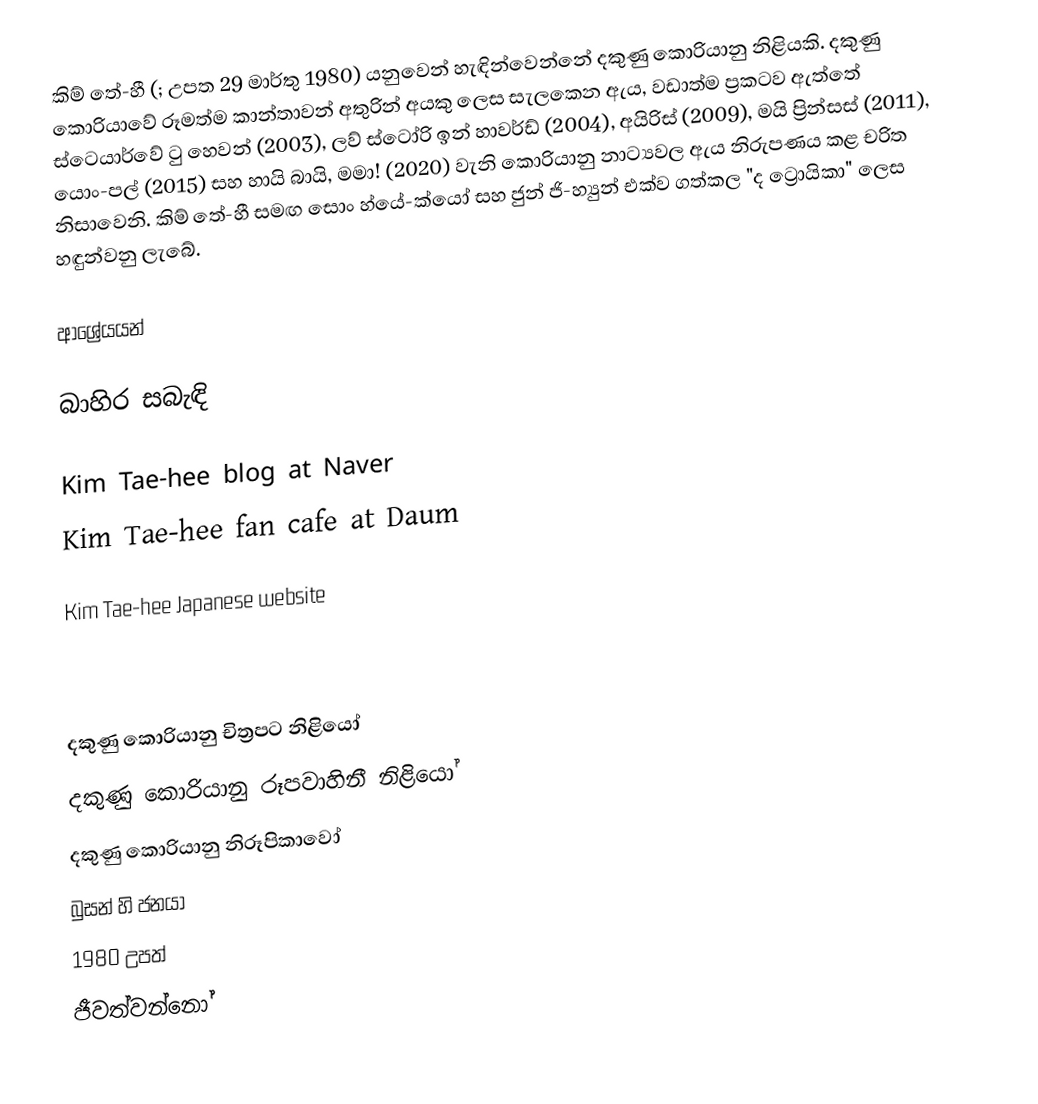
කිම් තේ-හී (; උපත 29 මාර්තු 1980) යනුවෙන් හැඳින්වෙන්නේ දකුණු කොරියානු නිළියකි. දකුණු කොරියාවේ රූමත්ම කාන්තාවන් අතුරින් අයකු ලෙස සැලකෙන ඇය, වඩාත්ම ප්‍රකටව ඇත්තේ ස්ටෙයාර්වේ ටු හෙවන් (2003), ලව් ස්ටෝරි ඉන් හාවර්ඩ් (2004), අයිරිස් (2009), මයි ප්‍රින්සස් (2011), යොං-පල් (2015) සහ හායි බායි, මමා! (2020) වැනි කොරියානු නාට්‍යවල ඇය නිරුපණය කළ චරිත නිසාවෙනි. කිම් තේ-හී සමඟ සොං හ්යේ-ක්යෝ සහ ජුන් ජි-හ්‍යුන් එක්ව ගත්කල "ද ට්‍රොයිකා" ලෙස හඳුන්වනු ලැබේ.

ආශ්‍රේයයන්

බාහිර සබැඳි

 Kim Tae-hee blog at Naver
 Kim Tae-hee fan cafe at Daum

 Kim Tae-hee Japanese website

දකුණු කොරියානු චිත්‍රපට නිළියෝ
දකුණු කොරියානු රූපවාහිනී නිළියෝ
දකුණු කොරියානු නිරූපිකාවෝ
බුසන් හි ජනයා
1980 උපත්
ජීවත්වන්නෝ